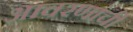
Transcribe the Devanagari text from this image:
आवरणांची